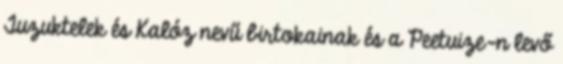
Tuzuktelek és Kalóz nevű birtokainak és a Peetuize-n levő